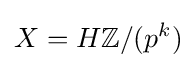
X=H\mathbb {Z} /(p^{k})